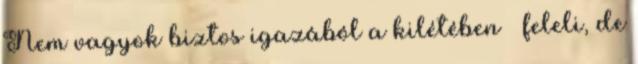
Nem vagyok biztos igazából a kilétében – feleli, de